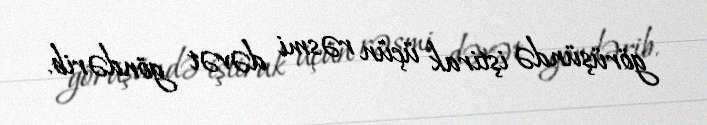
görüşündə iştirak üçün rəsmi dəvət göndərib.